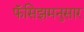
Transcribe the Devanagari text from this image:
फॅसिझमनुसार